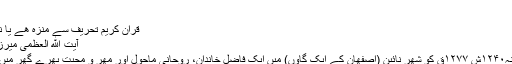
...
قرآن کریم تحریف سے منزہ ھے یا نھیں اس پر ...
آیت الله العظمی میرزا حسین نائینی
محمد حسین سنہ۱۲۴۰ش ۱۲۷۷ق کو شھر نائین (اصفھان کے ایک گاؤں) میں ایک فاضل خاندان، روحانی ماحول اور مھر و محبت بھرے گھر میں متولد ھوئے ۔